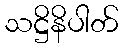
သဋ္ဌိနိပါတ်